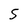
Character: S